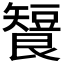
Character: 𬑶